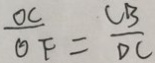
\frac { O C } { O F } = \frac { C B } { D C }